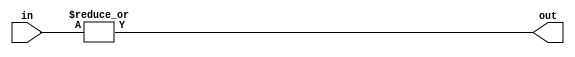
module or_gate (
    input [7:0] in,
    output out
);

assign out = |in;

endmodule